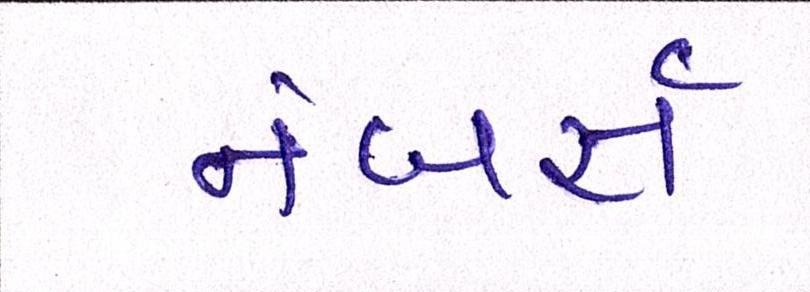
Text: નંબર્સ